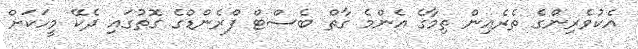
އެކުވެރިންގެ ތެރެއިން ތިމާގެ އެންމެ ގާތް ބެސްޓް ފްރެންޑްގެ ގޮތުގައި ދެކޭ މީހަކަށް